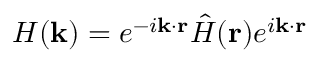
H ( \mathbf { k } ) = e ^ { - i \mathbf { k } \cdot \mathbf { r } } \hat { H } ( \mathbf { r } ) e ^ { i \mathbf { k } \cdot \mathbf { r } }